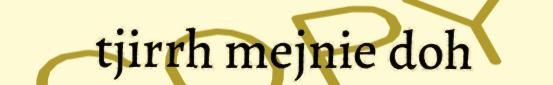
tjirrh mejnie doh